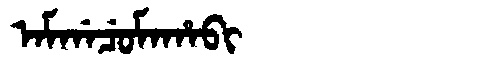
Manchu: ᠠᠮᡤᠠᠴᡠᠮᠠᡥᠠᠪᡳ
Romanization: AMGACUMAHABI